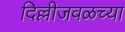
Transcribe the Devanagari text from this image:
दिल्लीजवळच्या